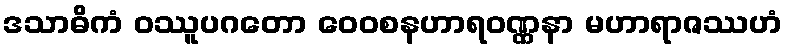
ဒသာဓိကံ ဝဿူပဂတော ဝေဝစနဟာရဝဏ္ဏနာ မဟာရာဇဿဟံ